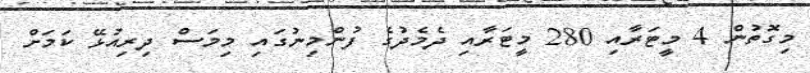
މިގޮތުން 4 މީޓަރާއި 280 މީޓަރާއި ދެމެދުގެ ފުންމިނުގައި މިމަސް ދިރިއުޅޭ ކަމަށް